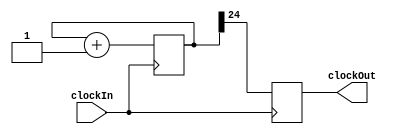
`timescale 1ns / 1ps
//////////////////////////////////////////////////////////////////////////////////
// Company: 
// Engineer: 
// 
// Design Name: 
// Module Name:    timeDriver 
// Project Name: 
// Target Devices: 
// Tool versions: 
// Description: 
//
// Dependencies: 
//
// Revision: 
// Revision 0.01 - File Created
// Additional Comments: 
//
//////////////////////////////////////////////////////////////////////////////////
module timeDriver(
    input clockIn,
    output reg clockOut
    );
	reg [24:0] buffer;
	
	initial begin
	buffer=0;
	clockOut=0;
	end
	always @(posedge clockIn)
	begin
		buffer <= buffer+1;
		clockOut <= buffer[24];
	end

endmodule